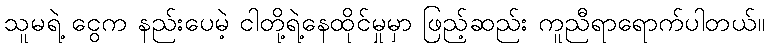
သူမရဲ့ ငွေက နည်းပေမဲ့ ငါတို့ရဲ့နေထိုင်မှုမှာ ဖြည့်ဆည်း ကူညီရာရောက်ပါတယ်။